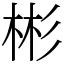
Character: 彬